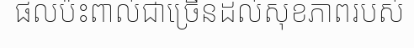
ផលប៉ះពាល់ជាច្រើនដល់សុខភាពរបស់